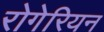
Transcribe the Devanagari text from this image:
रोगेरियन